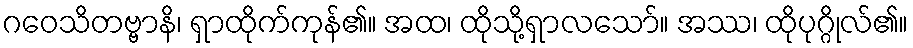
ဂဝေသိတဗ္ဗာနိ၊ ရှာထိုက်ကုန်၏။ အထ၊ ထိုသို့ရှာလသော်။ အဿ၊ ထိုပုဂ္ဂိုလ်၏။